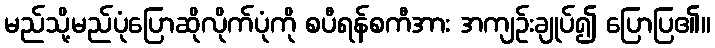
မည်သို့မည်ပုံပြောဆိုလိုက်ပုံကို စပီရန်စကီအား အကျဉ်းချုပ်၍ ပြောပြ၏။